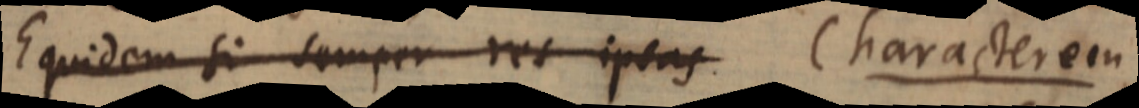
Equidem si semper res ipsas Characterem